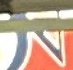
N